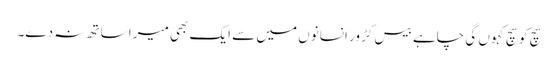
سچ کو سچ کہوں گی چاہے بیس کڑور انسانوں میں سے ایک بھی میرا ساتھ نہ دے۔